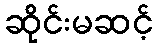
ဆိုင်းမဆင့်